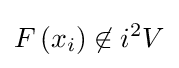
F\left(x_{i}\right)\not \in i^{2}V